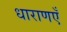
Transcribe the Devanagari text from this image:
धाराणएँ